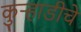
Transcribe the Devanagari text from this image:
कुऱ्हाडीचे